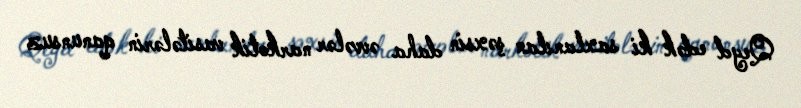
Qeyd edək ki saxlanılan şəxsin daha əvvələr narkotik vasitələrin qanunsuz